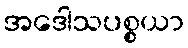
အဒေါသပစ္စယာ